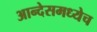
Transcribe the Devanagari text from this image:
आन्देसमध्येच